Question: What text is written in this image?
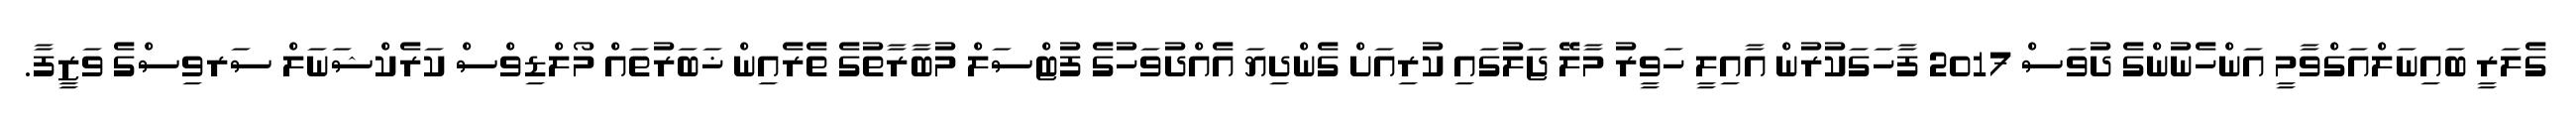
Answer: ގެލަރީ ބައިނަލްއަގްވާމީ އަންހެނުންގެ ދުވަސް 2017 ފާހަގަކުރުން އާއިލީ ހަވީރު މާލޭ ޖަލުގައި ކުރިއަށް ގެންދިޔަ އެއްދުވަހުގެ ފުޓްސަލް މުބާރާތުގެ ތެރެއިން ޚަބަރުތައް މޯލްޑިވްސް ކަރެކްޝަނަލް ސަރވިސްގެ ވަޒީފާ.